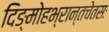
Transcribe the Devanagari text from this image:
दिङ्मोहभ्रान्तचेतसः